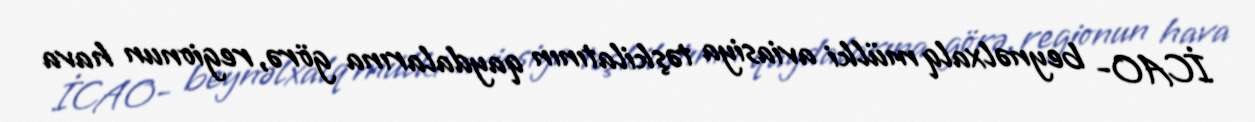
İCAO- beynəlxalq mülki aviasiya təşkilatının qaydalarına görə, regionun hava